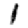
Digit: 1